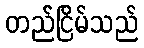
တည်ငြိမ်သည်